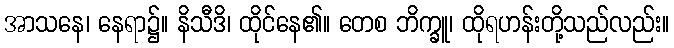
အာသနေ၊ နေရာ၌။ နိသီဒိ၊ ထိုင်နေ၏။ တေစ ဘိက္ခူ၊ ထိုရဟန်းတို့သည်လည်း။